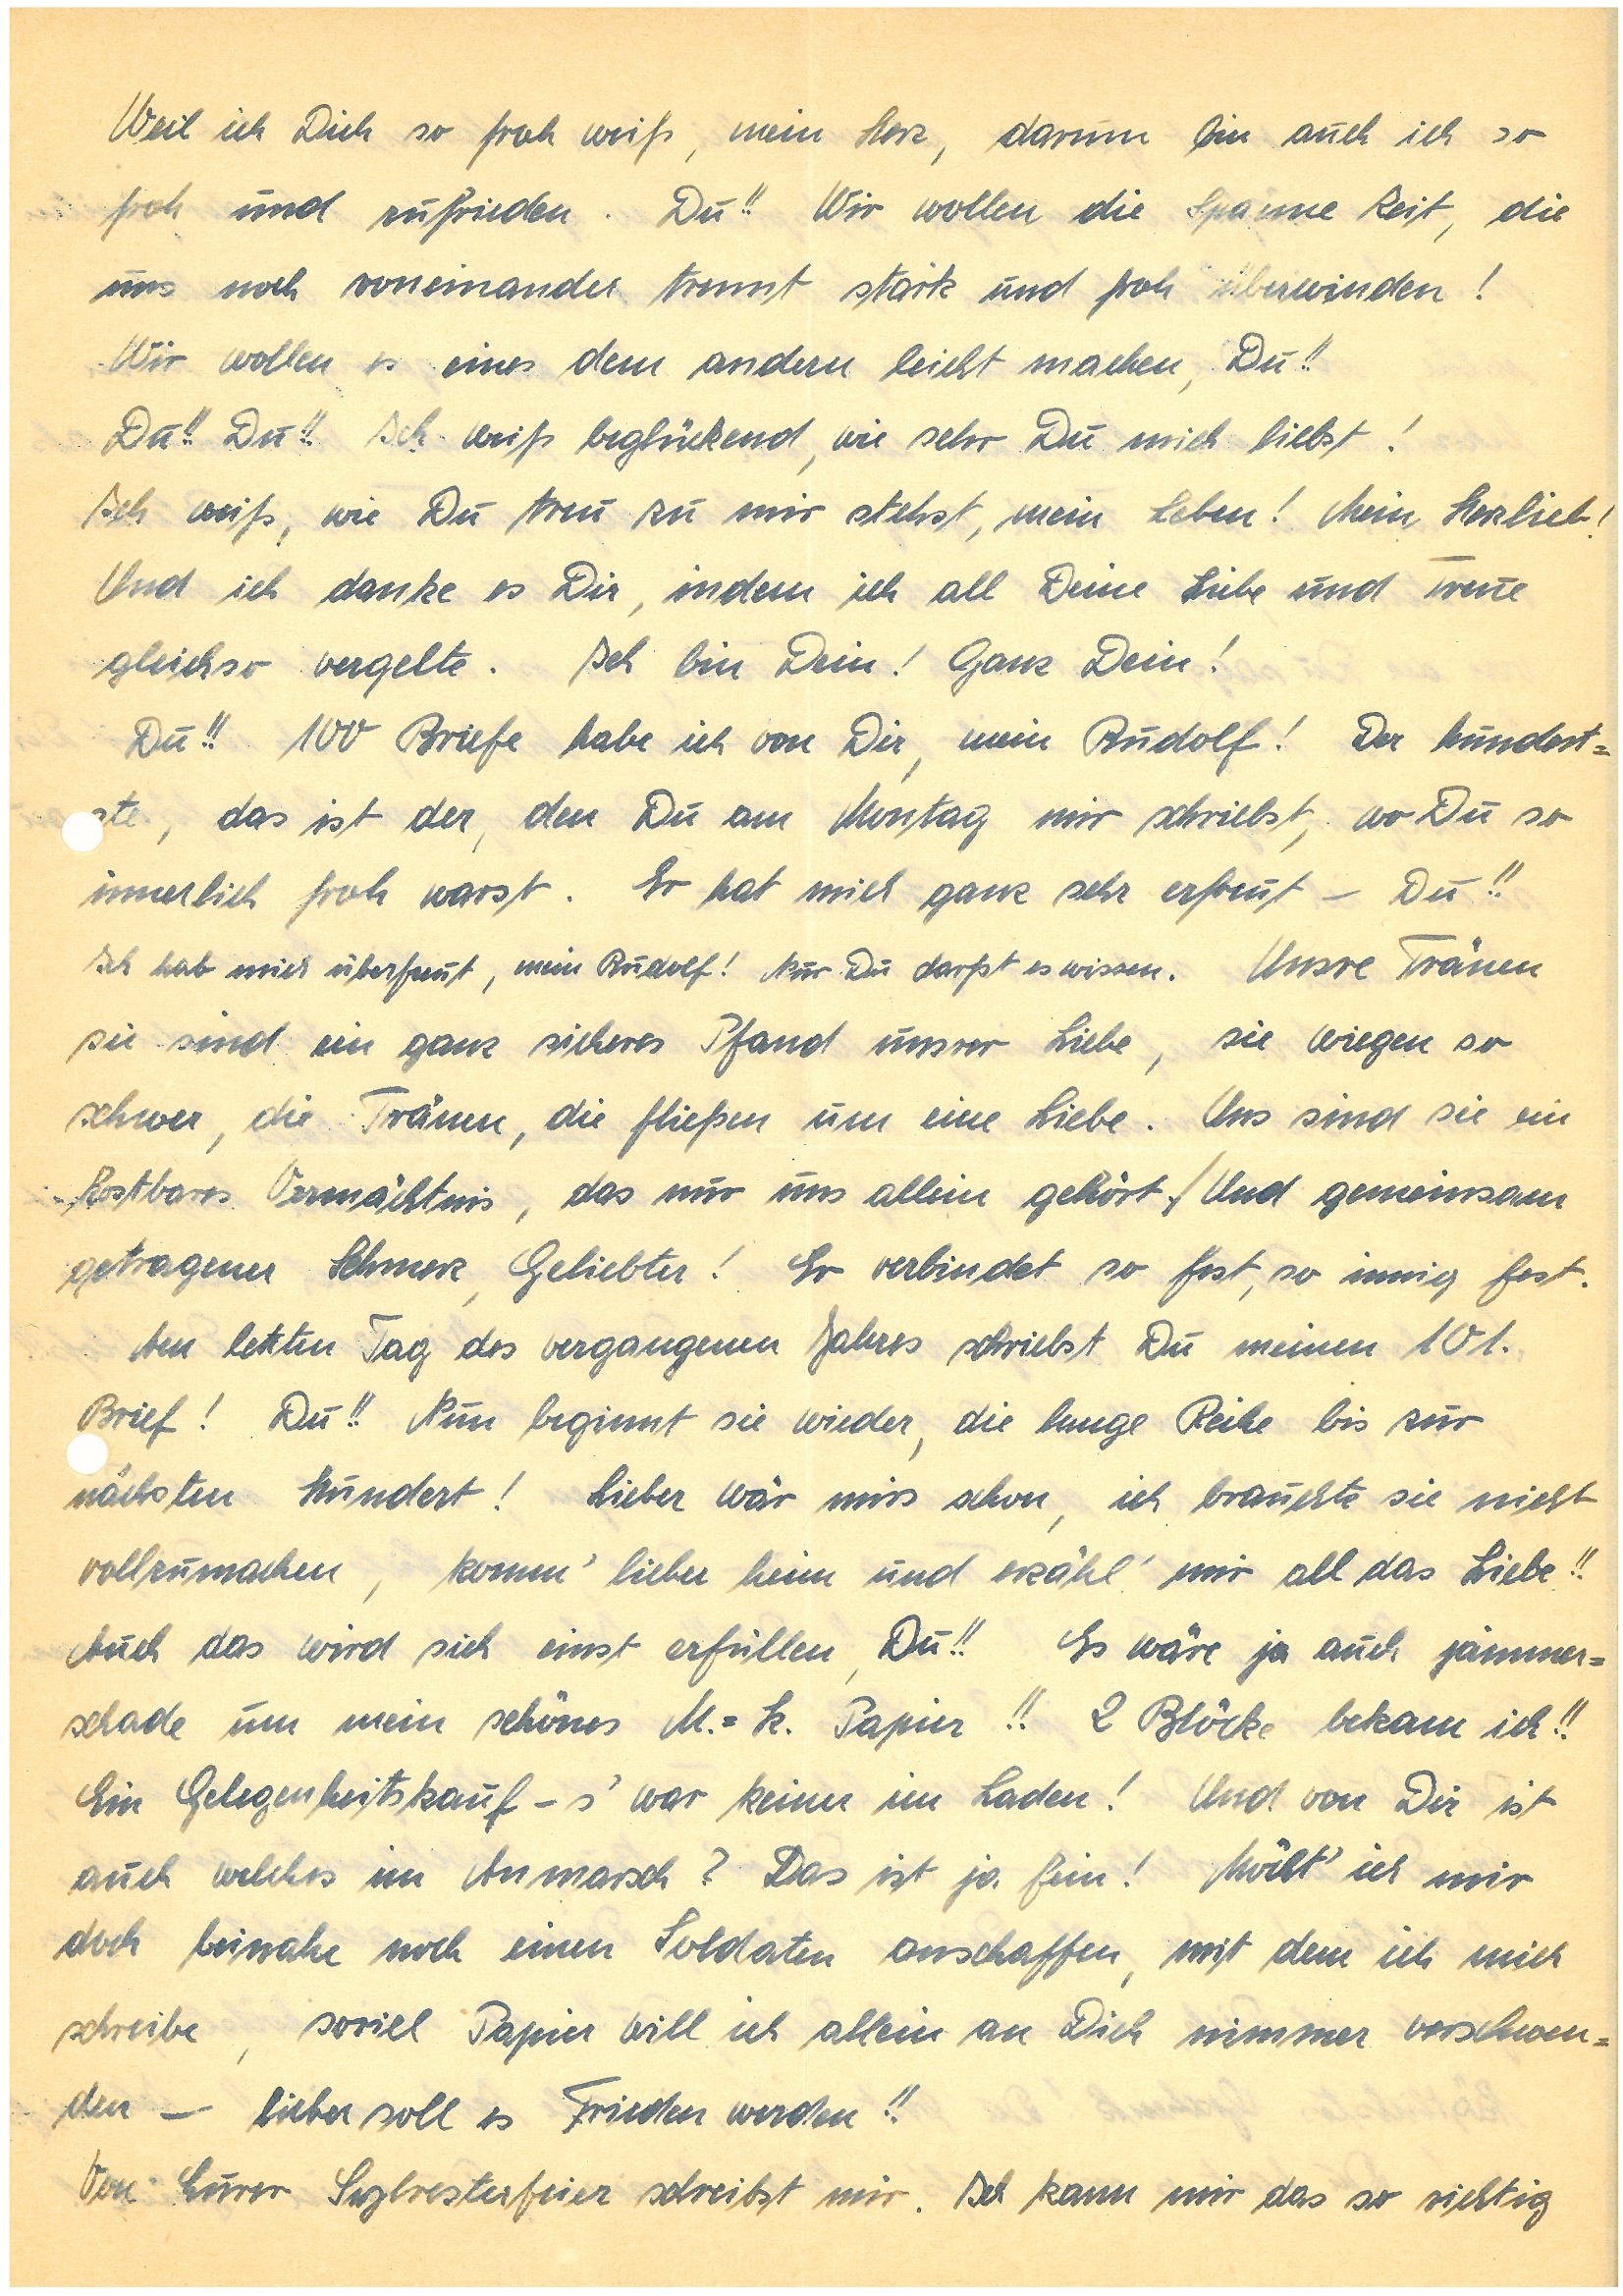
Weil ich Dich so froh weiß, mein Herz, darum bin auch ich so
froh und zufrieden. Du!! Wir wollen die Spanne Zeit, die
uns noch voneinander trennt stark und froh überwinden!
Wir wollen es eines dem andern leicht machen, Du!!
Du!! Du!! Ich weiß beglückend, wie sehr Du mich liebst!
Ich weiß, wie Du treu zu mir stehst, mein Leben! Mein Herzlieb!
Und ich danke es Dir, indem ich all Deine Liebe und Treue
gleichso vergelte. Ich bin Dein! Ganz Dein!
Du!! 100 Briefe habe ich von Dir; mein ! Der Hundert¬
te, das ist der, den Du am Montag mir schriebst, wo Du so
innerlich froh warst. Er hat mich ganz sehr erfreut — Du!!
Ich hab mich überfreut, mein ! Nur Du darfst es wissen. Unsre Tränen
sie sind ein ganz sicheres Pfand unsrer Liebe, sie wiegen so
schwer, die Tränen, die fließen um eine Liebe. Uns sind sie ein
kostbares Vermächtnis, das nur uns allein gehört./ Und gemeinsam
getragener Schmerz, Geliebter! Er verbindet so fest, so innig fest.
Am letzten Tag des vergangenen Jahres schriebst Du meinen 101.
Brief! Du!! Nun beginnt sie wieder, die lange Reihe bis zur
nächsten Hundert! Lieber wär mirs schon, ich brauchte sie nicht
vollzumachen, komm’ lieber heim und erzähl’ mir all das Liebe!!
Auch das wird sich einst erfüllen, Du!! Es wäre ja auch jammer¬
schade um mein schönes M.= k. Papier!! 2 Blöcke bekam ich!!
Ein Gelegenheitskauf- s’ war keiner im Laden! Und von Dir ist
auch welches im Anmarsch? Das ist ja fein! Möcht’ ich mir
doch beinahe noch einen Soldaten anschaffen, mit dem ich mich
schreibe, soviel Papier will ich allein an Dich nimmer verschwen¬
den — lieber soll es Frieden werden!!
Von Eurer Sylvesterfeier schreibst mir. Ich kann mir das so richtig